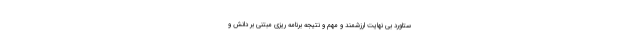
ستاورد بی نهایت ارزشمند و مهم و نتیجه برنامه ریزی مبتنی بر دانش و